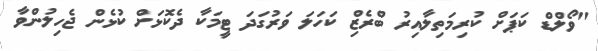
"ވޯލްޑް ކަޕަށް ކުރިމަތިލާއިރު ބްރެޒިް ކަހަލަ ވަރުގަދަ ޓީމަކާ ދެކޮޅަށް ކުޅެން ޖެހިލުންވާ